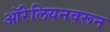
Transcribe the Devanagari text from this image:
ऑरेलियनवरून